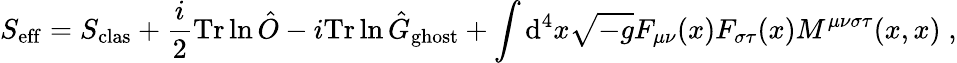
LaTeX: S_{\mathrm{eff}}=S_{\mathrm{clas}}+\frac{i}{2}{\mathrm{Tr}}\ln\hat{O}-i{\mathrm{Tr}}\ln\hat{G}_{\mathrm{ghost}}+\int\mathrm{d}^{4}x\sqrt{-g}F_{\mu\nu}(x)F_{\sigma\tau}(x)M^{\mu\nu\sigma\tau}(x,x)\; ,